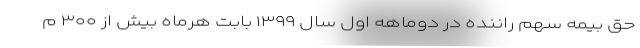
حق بیمه سهم راننده در دوماهه اول سال ۱۳۹۹ بابت هرماه بیش از ۳۰۰ م